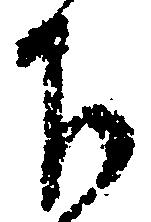
下